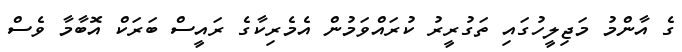
ގެ އާންމު މަޖިލީހުގައި ތަގުރީރު ކުރައްވަމުން އެމެރިކާގެ ރައީސް ބަރަކް އޮބާމާ ވެސް